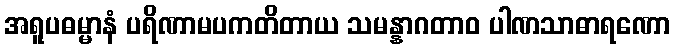
အရူပဓမ္မာနံ ပရိဏာမပကတိတာယ သမန္နာဂတာဝ ပါဏသာဓာရဏော